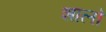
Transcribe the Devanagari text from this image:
शालो